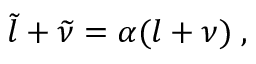
\widetilde { l } + \widetilde { \nu } = \alpha ( l + \nu ) \; ,